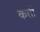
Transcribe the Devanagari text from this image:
कत्ती